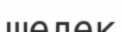
шелек